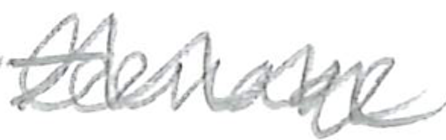
Text: teenage
Cross-out: zig-zag
Writing tool: pencil